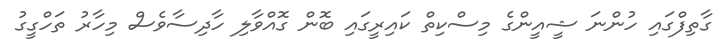
ގާތިފްގައި ހުންނަ ޝީއީންގެ މިސްކިތް ކައިރީގައި ބޮން ގޮއްވާލި ހާދިސާވެސް މިހާރު ތަހްގީގު